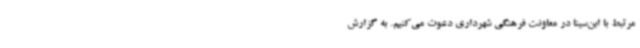
مرتبط با ابن‌سینا در معاونت فرهنگی شهرداری دعوت می‌کنیم. به گزارش